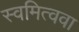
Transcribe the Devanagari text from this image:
स्वमित्ववा